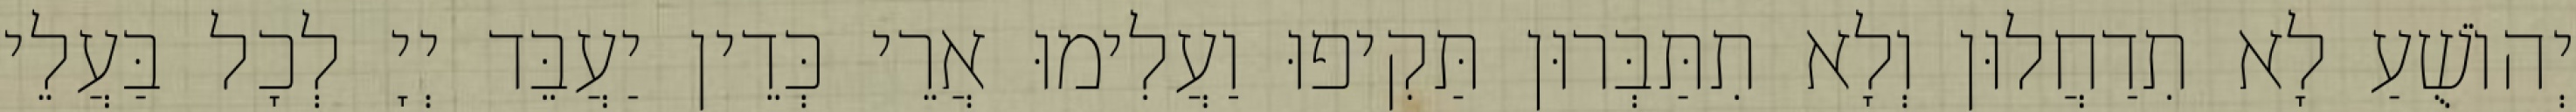
יְהוֹשֻׁעַ לָא תִדַחֲלוּן וְלָא תִתַּבְּרוּן תַּקִיפוּ וַעֲלִימוּ אֲרֵי כְּדֵין יַעֲבֵּד יְיָ לְכָל בַּעֲלֵי